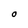
Character: o